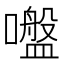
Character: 𡂑